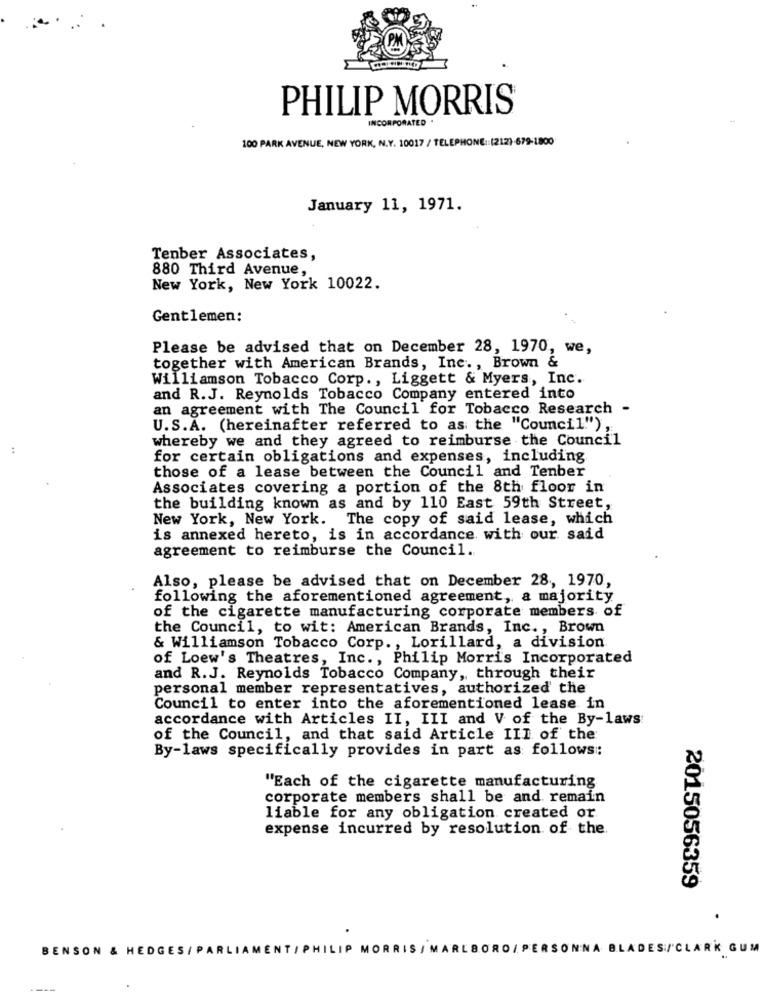
PHILIP MORRIS
INCORPORATED .
100 PARK AVENUE, NEW YORK, N.Y. 10017 / TELEPHONE :: (212)-679-1800
January 11, 1971.
Tenber Associates,
880 Third Avenue,
New York, New York 10022.
Gentlemen:
Please be advised that on December 28, 1970, we,
together with American Brands, Inc ., Brown &
Williamson Tobacco Corp ., Liggett & Myers, Inc.
and R.J. Reynolds Tobacco Company entered into
an agreement with The Council for Tobacco Research -
U.S.A. (hereinafter referred to as the "Council"),
whereby we and they agreed to reimburse the Council
for certain obligations and expenses, including
those of a lease between the Council and Tenber
Associates covering a portion of the 8th floor in
the building known as and by 110 East 59th Street,
New York, New York. The copy of said lease, which
is annexed hereto, is in accordance with our said
agreement to reimburse the Council.
Also, please be advised that on December 28, 1970,
following the aforementioned agreement, a majority
of the cigarette manufacturing corporate members of
the Council, to wit: American Brands, Inc ., Brown
& Williamson Tobacco Corp ., Lorillard, a division
of Loew's Theatres, Inc ., Philip Morris Incorporated
and R.J. Reynolds Tobacco Company, through their
personal member representatives, authorized' the
Council to enter into the aforementioned lease in
accordance with Articles II, III and V of the By-laws
of the Council, and that said Article III of the
By-laws specifically provides in part as follows:
"Each of the cigarette manufacturing
corporate members shall be and remain
liable for any obligation created or
expense incurred by resolution of the.
2015056359
BENSON & HEDGES/ PARLIAMENT/ PHILIP MORRIS / MARLBORO/ PERSONNA BLADES/CLARK GUM
----